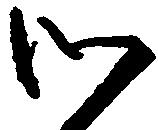
御